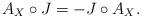
LaTeX: \begin{align*}A_X\circ J = -J\circ A_X.\end{align*}